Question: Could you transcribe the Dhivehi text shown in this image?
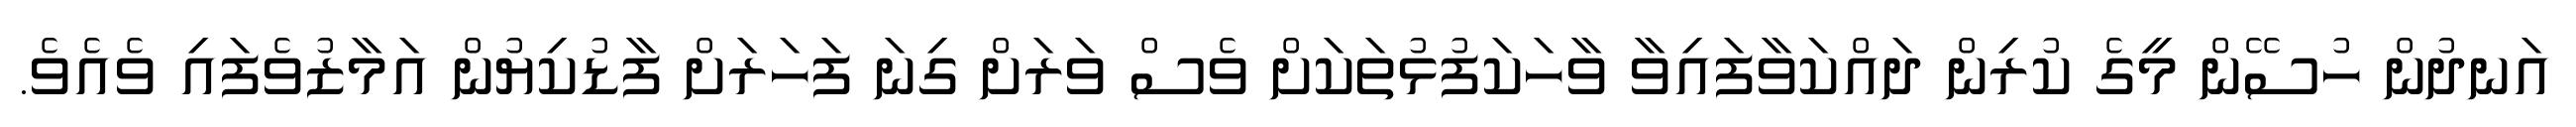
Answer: އަނދުން ހުސޭން މީގެ ކުރިން ދައްކަވާފައިވާ ވާހަކަފުޅުތަކަށް ވެސް ވަރަށް ގިނަ ފަހަރަށް ފާޑުކިޔުން އަމާޒުވެފައި ވެއެވެ.